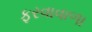
ફરવાવાળા